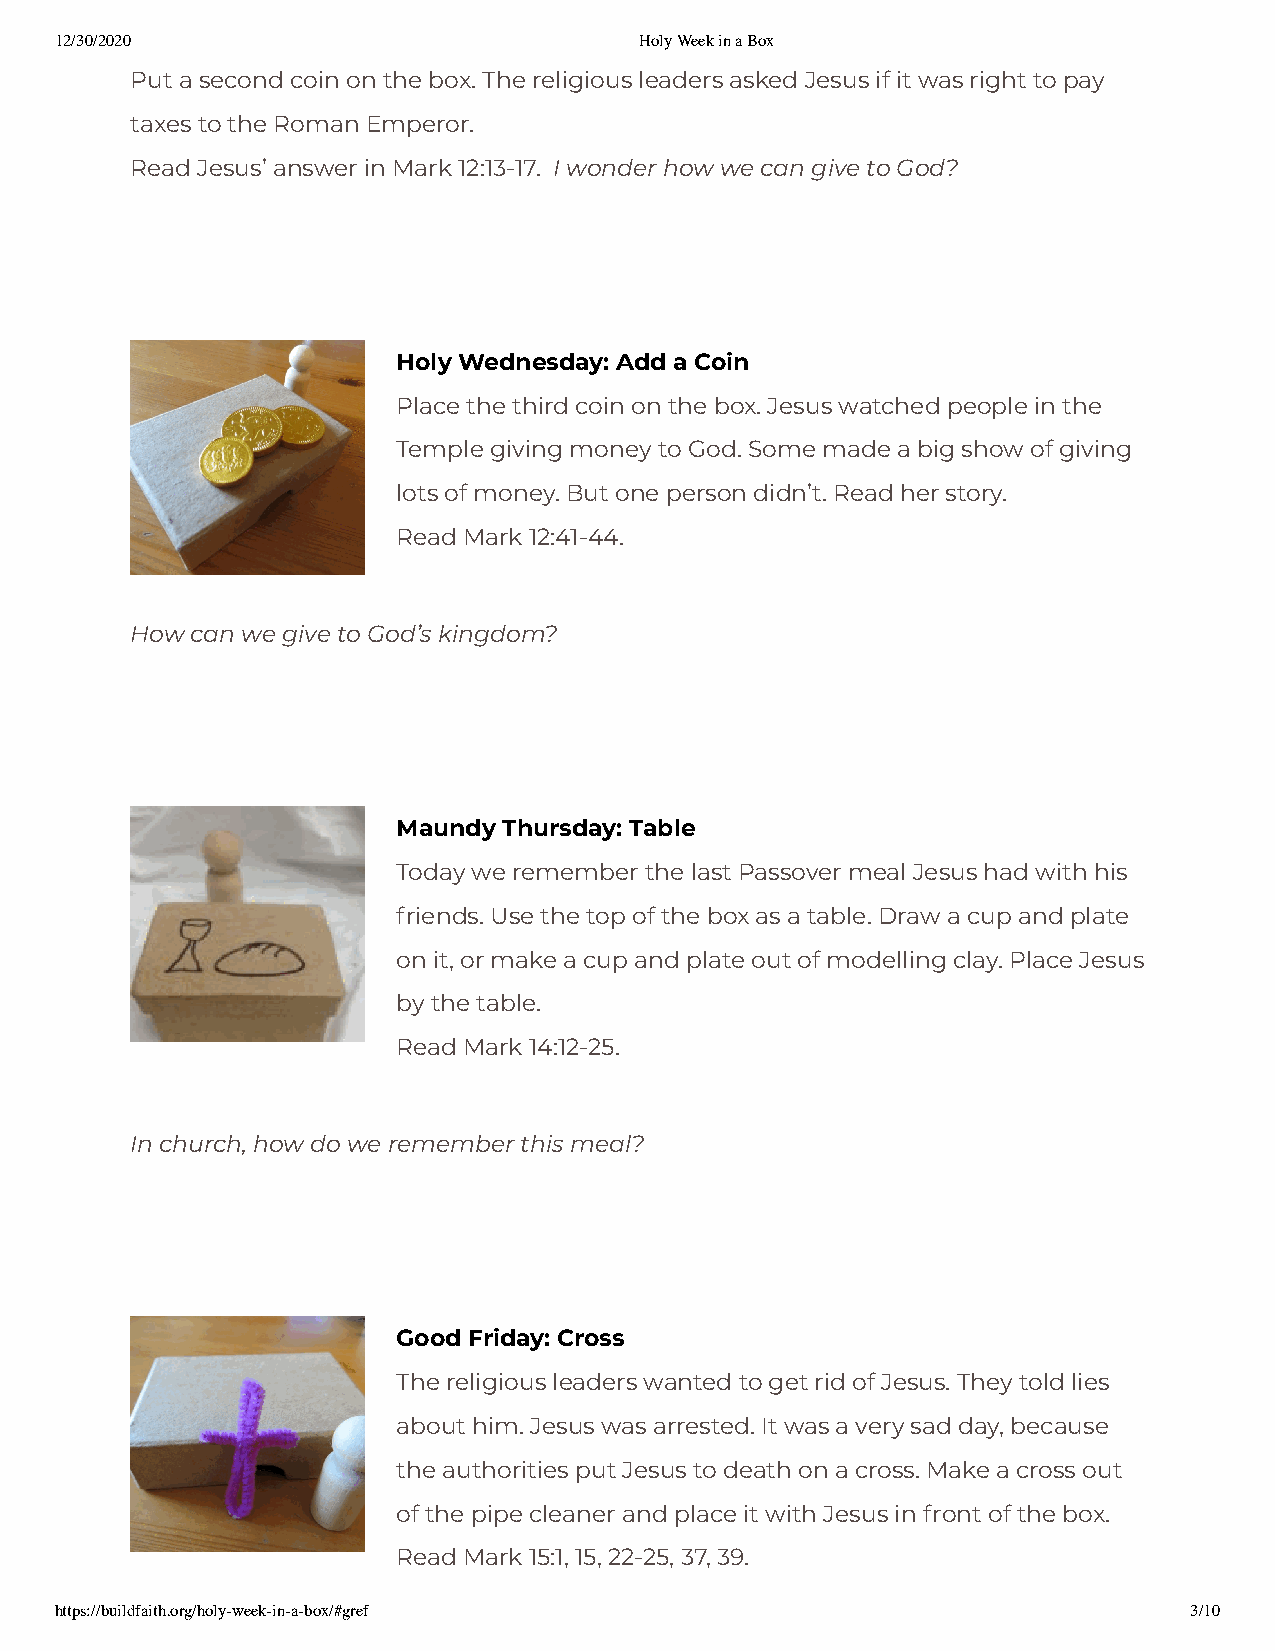
12/30/2020                            Holy Week in a Box
 Put a second coin on the box. The religious leaders asked Jesus if it was right to pay
 taxes to the Roman Emperor.
 Read Jesus’ answer in Mark 12:13-17. I wonder how we can give to God?
 Holy Wednesday: Add a Coin
 Place the third coin on the box. Jesus watched people in the
 Temple giving money to God. Some made a big show of giving
 lots of money. But one person didn’t. Read her story.
 Read Mark 12:41-44.
 How can we give to God’s kingdom?
 Maundy Thursday: Table
 Today we remember the last Passover meal Jesus had with his
 friends. Use the top of the box as a table. Draw a cup and plate
 on it, or make a cup and plate out of modelling clay. Place Jesus
 by the table.
 Read Mark 14:12-25.
 In church, how do we remember this meal?
 Good Friday: Cross
 The religious leaders wanted to get rid of Jesus. They told lies
 about him. Jesus was arrested. It was a very sad day, because
 the authorities put Jesus to death on a cross. Make a cross out
 of the pipe cleaner and place it with Jesus in front of the box.
 Read Mark 15:1, 15, 22-25, 37, 39.
 https://buildfaith.org/holy-week-in-a-box/#gref                            3/10